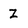
Character: Z